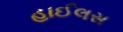
હાઈલસ